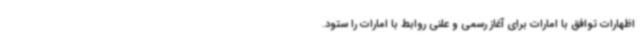
اظهارات توافق با امارات برای آغاز رسمی و علنی روابط با امارات را ستود.